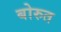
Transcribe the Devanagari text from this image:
बोरुत